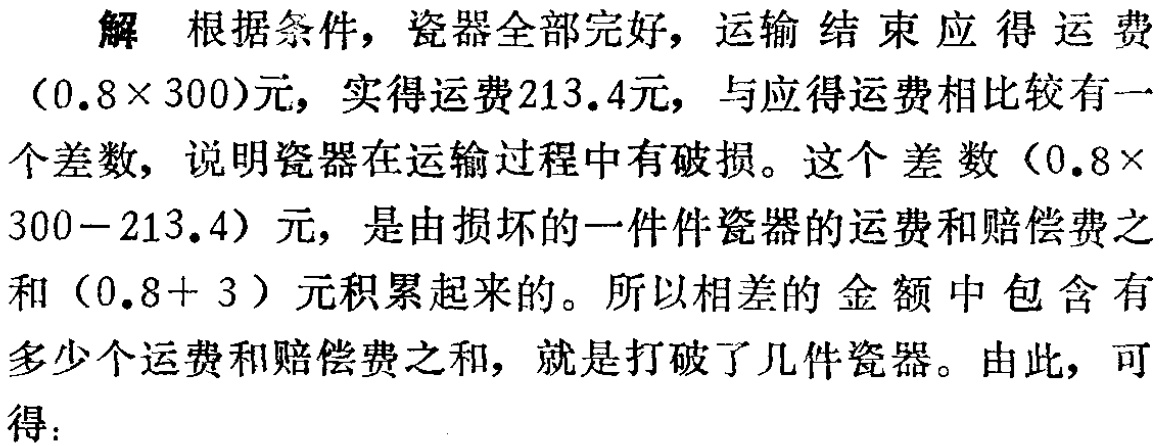
解 根据条件，瓷器全部完好，运输结束应得运费
\((0.8\times 300)\)元，实得运费\(213.4\)元，与应得运费相比较有一
个差数，说明瓷器在运输过程中有破损。这个差数\((0.8\times
300 - 213.4)\)元，是由损坏的一件件瓷器的运费和赔偿费之
和\((0.8 + 3)\)元积累起来的。所以相差的金额中包含有
多少个运费和赔偿费之和，就是打破了几件瓷器。由此，可
得：